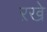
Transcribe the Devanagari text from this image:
ऱखे